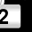
Digit: 2